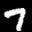
Label: 7